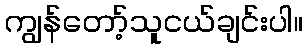
ကျွန်တော့်သူငယ်ချင်းပါ။